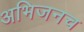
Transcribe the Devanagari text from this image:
अभिजनच